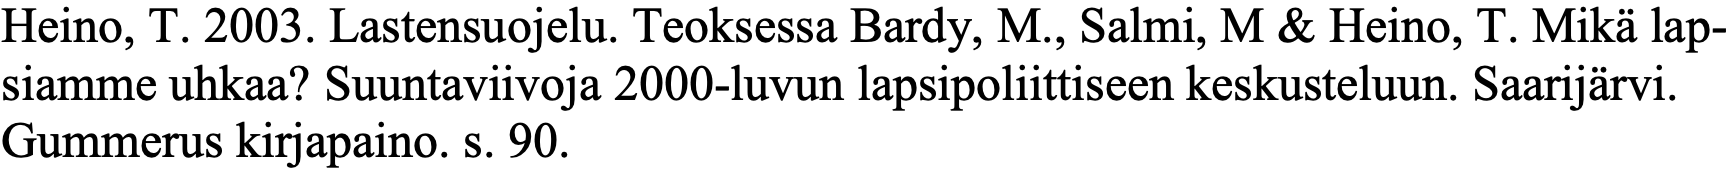
Heino, T. 2003. Lastensuojelu. Teoksessa Bardy, M., Salmi, M & Heino, T. Mikä lap- siamme uhkaa? Suuntaviivoja 2000-luvun lapsipoliittiseen keskusteluun. Saarijärvi. Gummerus kirjapaino. s. 90.